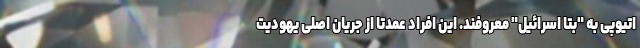
اتیوپی به "بتا اسرائیل" معروفند. این افراد عمدتا از جریان اصلی یهودیت